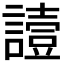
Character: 𧬇